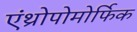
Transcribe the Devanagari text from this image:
एंथ्रोपोमोर्फिक